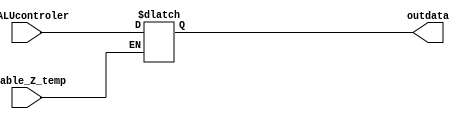
`timescale 1ns / 1ps
module Z_tempreg(input enable_Z_temp,input [31:0]Z_ALUcontroler,output reg [31:0]outdata);
always@(*)begin if(enable_Z_temp)outdata<=Z_ALUcontroler;end endmodule